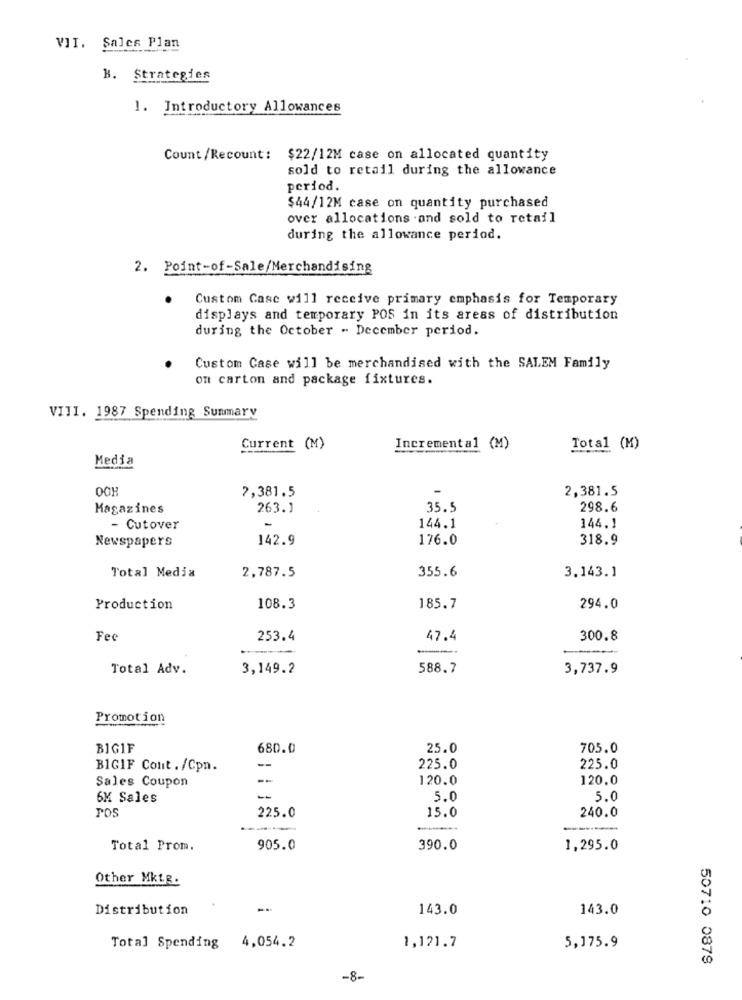
VII. Sales Plan
B. Strategies
1. Introductory Allowances
Count/Recount : $22/12M case on allocated quantity
sold to retail during the allowance
period.
$44/12M case on quantity purchased
over allocations .and sold to retail
during the allowance period.
2. Point-of-Sale/Merchandising
Custom Case will receive primary emphasis for Temporary
displays and temporary POS in its areas of distribution
during the October . December period.
Custom Case will be merchandised with the SALEM Family
on carton and package fixtures.
VIII. 1987 Spending Sunmary
Current (M)
Incremental (M)
Total (K)
Media
OOH
7,381.5
2,381.5
Magazines
263.1
35.5
298.6
144.1
144.1
- Cutover
142.9
176.0
318.9
Newspapers
Total Media
355.6
3.143.1
2,787.5
Production
108.3
185.7
294.0
Fee
253.4
47.4
300.8
--
Total Adv.
3,149.2
588.7
3,737.9
Promotion
BIGIF
680.0
25.0
705.0
--
BIGIF Cont ./Cpn.
225.0
225.0
Sales Coupon
--
120.0
120.0
6K Sales
-
5.0
5.0
POS
15.0
240.0
225.0
------
Total Prom.
905.0
390.0
1,295.0
Other Mktg.
Distribution
143.0
143.0
Total Spending 4,054.2
1,121.7
5,175.9
50710 0879
-8-